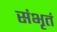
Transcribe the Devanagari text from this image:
संभृतं